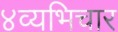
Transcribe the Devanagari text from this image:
४व्यभिचार